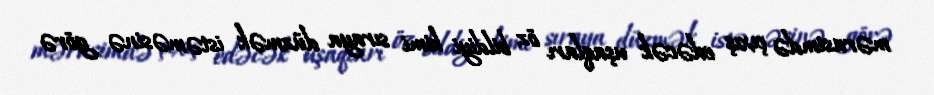
mərasimdə çıxış edəcək uşaqları öz bildiyi kimi sıraya düzmək istəməsinə görə